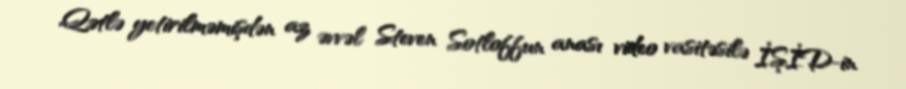
Qətlə yetirilməmişdən az əvvəl Steven Sotloffun anası video vasitəsilə İŞİD-in